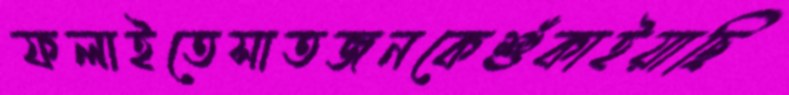
ফলাইতেসাতজনকেশুঁকাইয়াছি